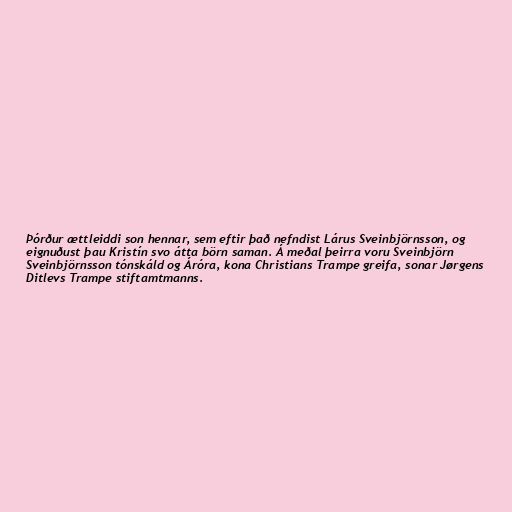
Þórður ættleiddi son hennar, sem eftir það nefndist Lárus Sveinbjörnsson, og
eignuðust þau Kristín svo átta börn saman. Á meðal þeirra voru Sveinbjörn
Sveinbjörnsson tónskáld og Áróra, kona Christians Trampe greifa, sonar Jørgens
Ditlevs Trampe stiftamtmanns.